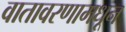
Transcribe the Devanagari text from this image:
वातावरणामधून